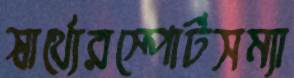
স্বার্থ্যেরস্পোর্টসম্যা